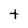
Character: t